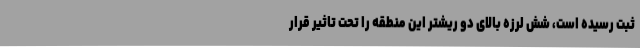
ثبت رسیده است، شش لرزه بالای دو ریشتر این منطقه را تحت تاثیر قرار